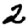
Digit: 2